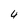
Character: 4